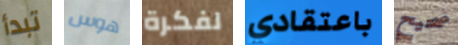
تبدأ هوس لفكرة باعتقادي صحيح